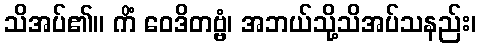
သိအပ်၏။ ကိံ ဝေဒိတဗ္ဗံ၊ အဘယ်သို့သိအပ်သနည်း၊